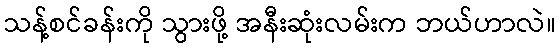
သန့်စင်ခန်းကို သွားဖို့ အနီးဆုံးလမ်းက ဘယ်ဟာလဲ။